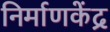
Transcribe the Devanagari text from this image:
निर्माणकेंद्र